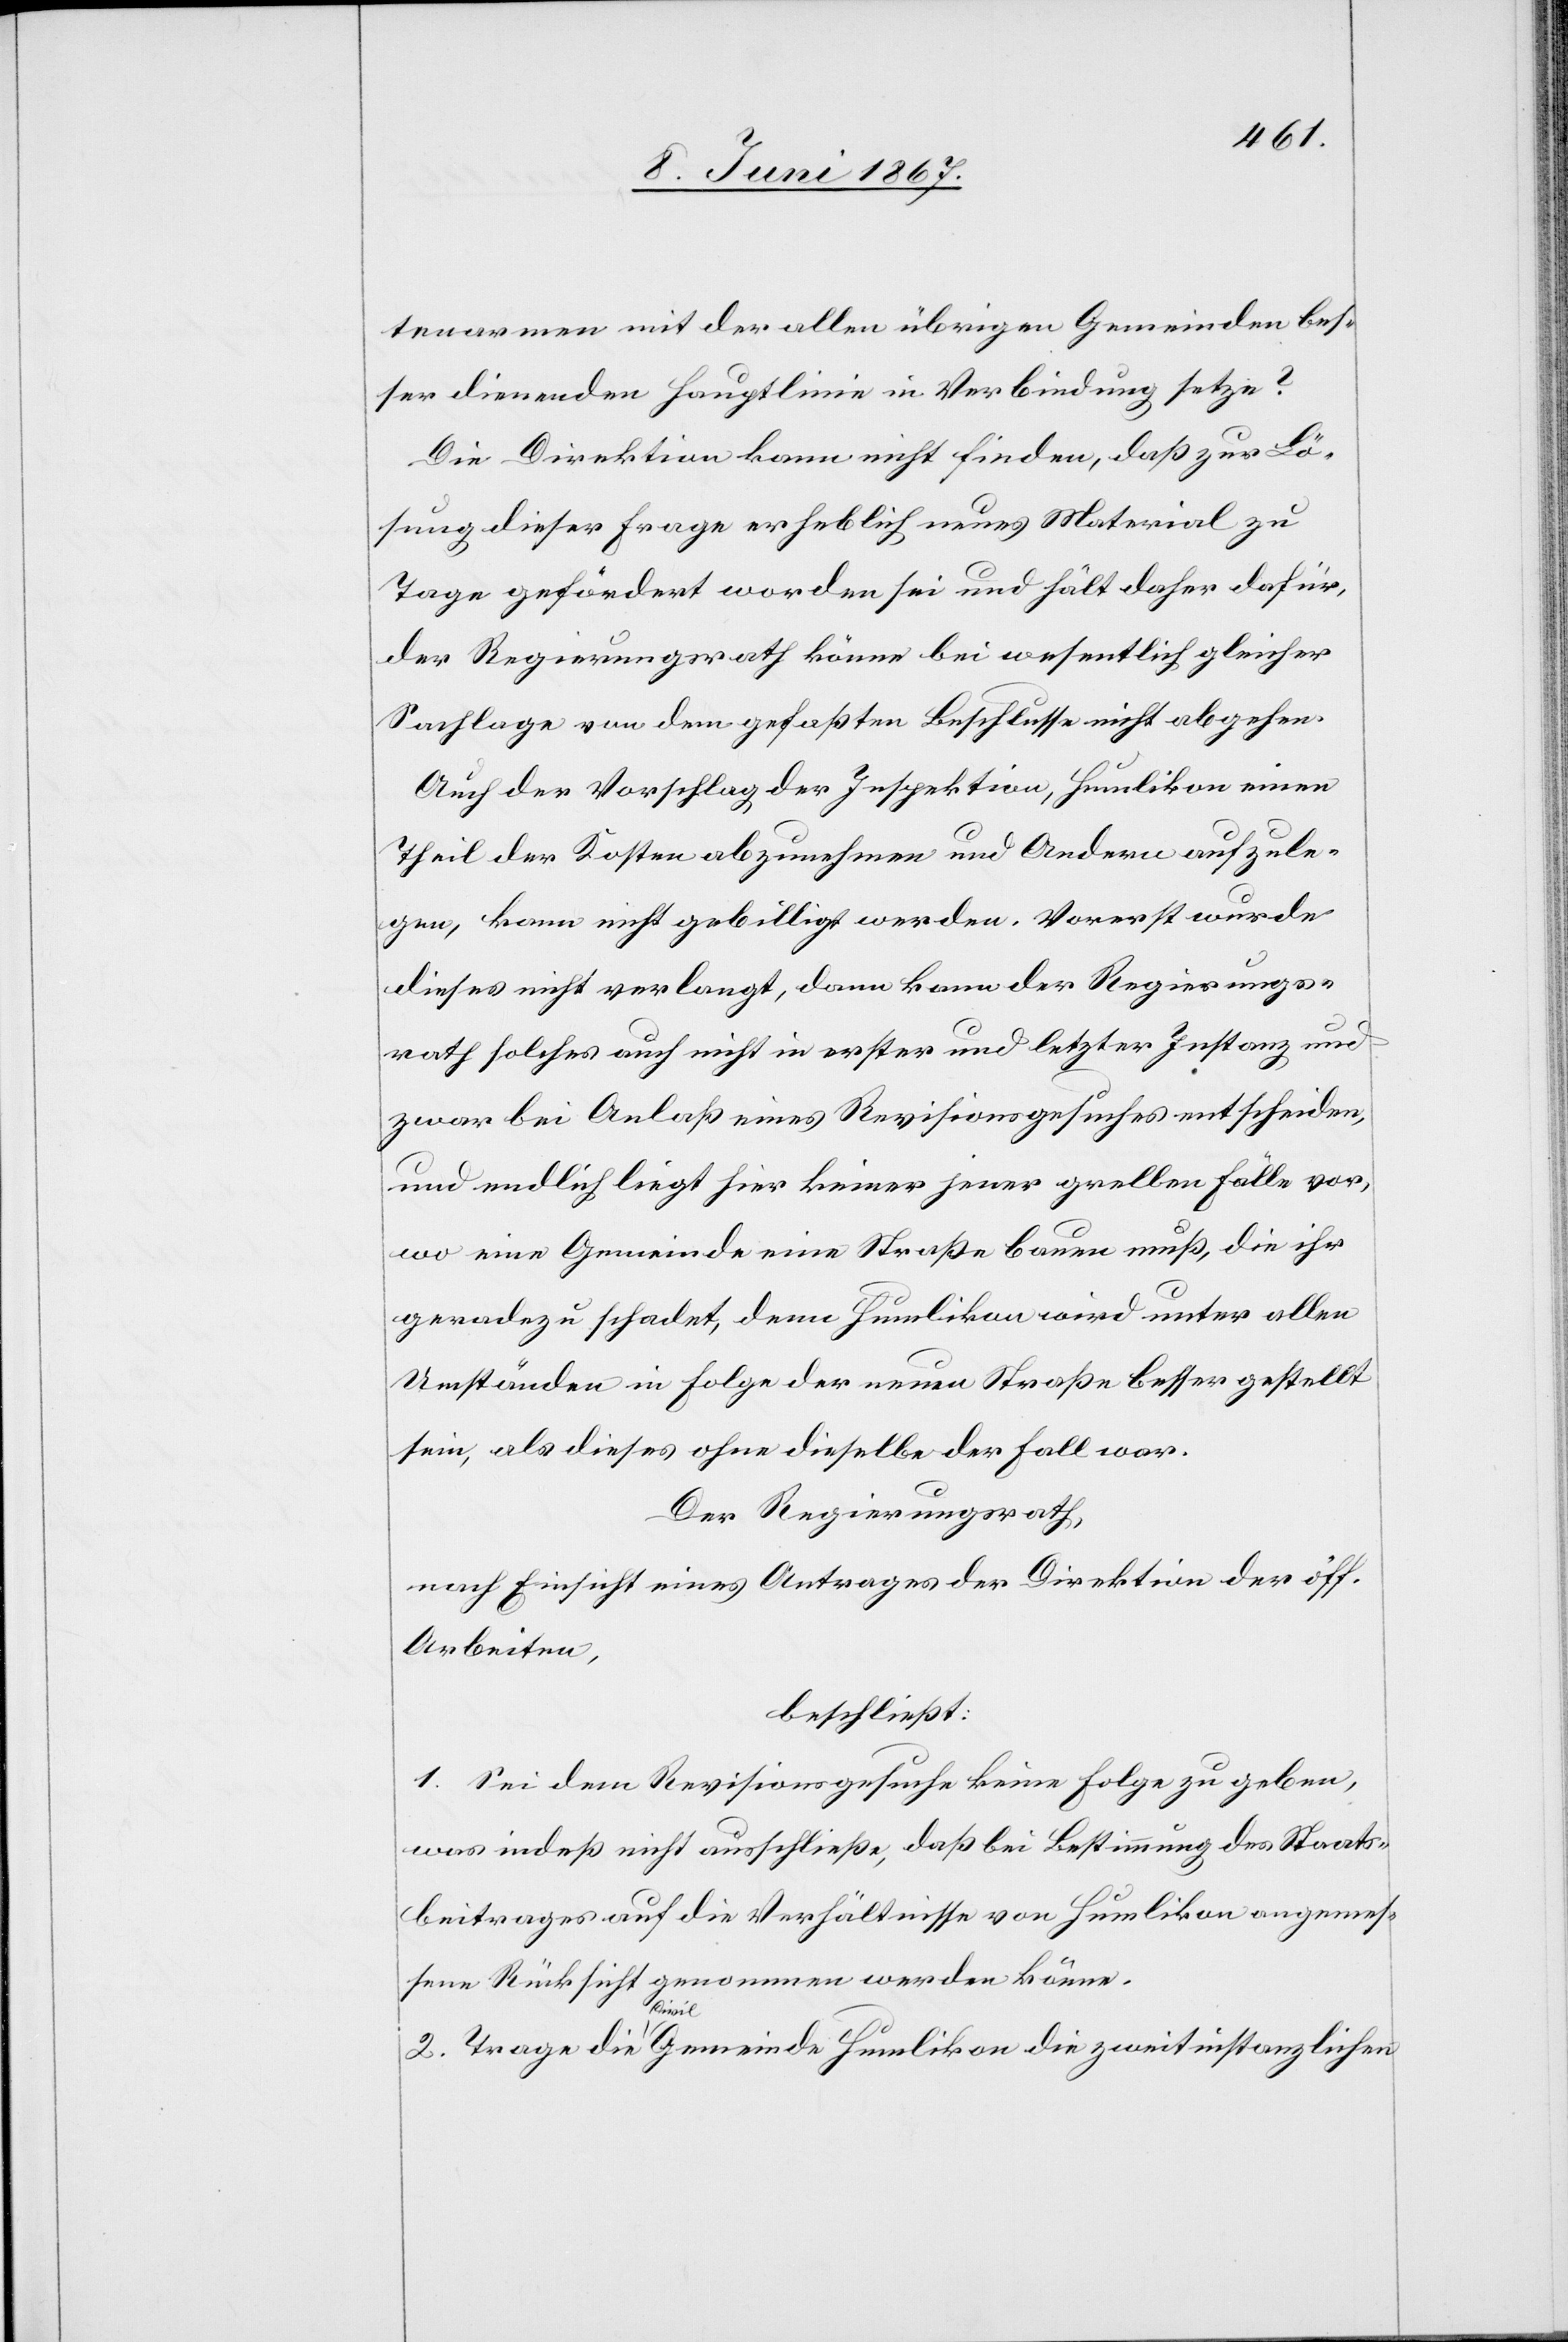
tenarmen mit der allen übrigen Gemeinden bes¬
ser dienenden Hauptlinie in Verbindung setze?
Die Direktion kann nicht finden, daß zur Lö¬
sung dieser Frage erheblich neues Material zu
Tage gefördert worden sei und hält daher dafür,
der Regierungsrath könne bei wesentlich gleicher
Sachlage von dem gefaßten Beschlusse nicht abgehen.
Auch der Vorschlag der Inspektion, Humlikon einen
Theil der Kosten abzunehmen und Andern aufzule¬
gen, kann nicht gebilligt werden. Vorerst wurde
dieses nicht verlangt, dann kann der Regierungs¬
rath solches auch nicht in erster und letzter Instanz und
zwar bei Anlaß eines Revisionsgesuches entscheiden,
und endlich liegt hier keiner jener grellen Fälle vor,
wo eine Gemeinde eine Straße bauen muß, die ihr
geradezu schadet, denn Humlikon wird unter allen
Umständen in Folge der neuen Straße besser gestellt
sein, als dieses ohne dieselbe der Fall war.
Der Regierungsrath,
nach Einsicht eines Antrages der Direktion der öff.
Arbeiten,
beschließt:
1. Sei dem Revisionsgesuche keine Folge zu geben,
was indeß nicht ausschließe, daß bei Bestimmung des Staats¬
beitrages auf die Verhältnisse von Humlikon angemes¬
sen Rücksicht genommen werden könne.
2. Trage die Civil Gemeinde Humlikon die zweitinstanzlichen